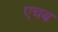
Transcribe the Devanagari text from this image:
एचब